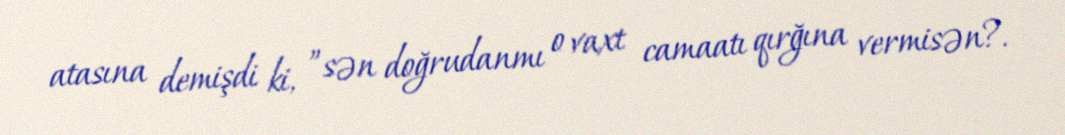
atasına demişdi ki, ”sən doğrudanmı o vaxt camaatı qırğına vermisən?.